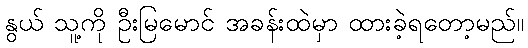
နွယ် သူ့ကို ဦးမြမောင် အခန်းထဲမှာ ထားခဲ့ရတော့မည်။